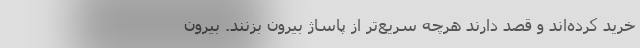
خرید کرده‌اند و قصد دارند هرچه سریع‌تر از پاساژ بیرون بزنند. بیرون